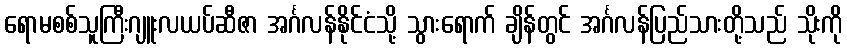
ရောမစစ်သူကြီးဂျူးလယပ်ဆီဇာ အင်္ဂလန်နိုင်ငံသို့ သွားရောက် ချိန်တွင် အင်္ဂလန်ပြည်သားတို့သည် သိုးကို